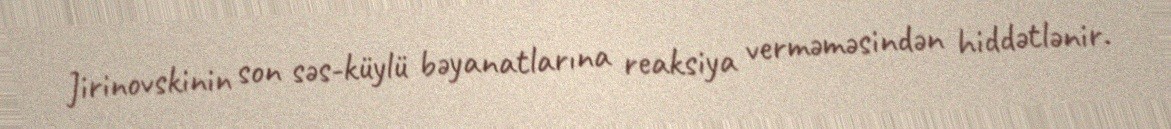
Jirinovskinin son səs-küylü bəyanatlarına reaksiya verməməsindən hiddətlənir.